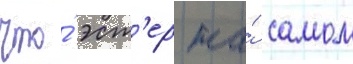
что́ эст'ер на́ самом